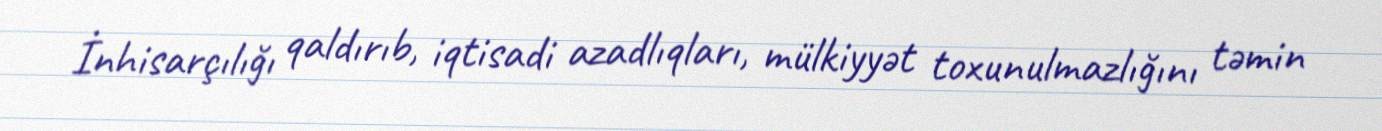
İnhisarçılığı qaldırıb, iqtisadi azadlıqları, mülkiyyət toxunulmazlığını təmin